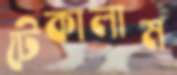
টেকালাম